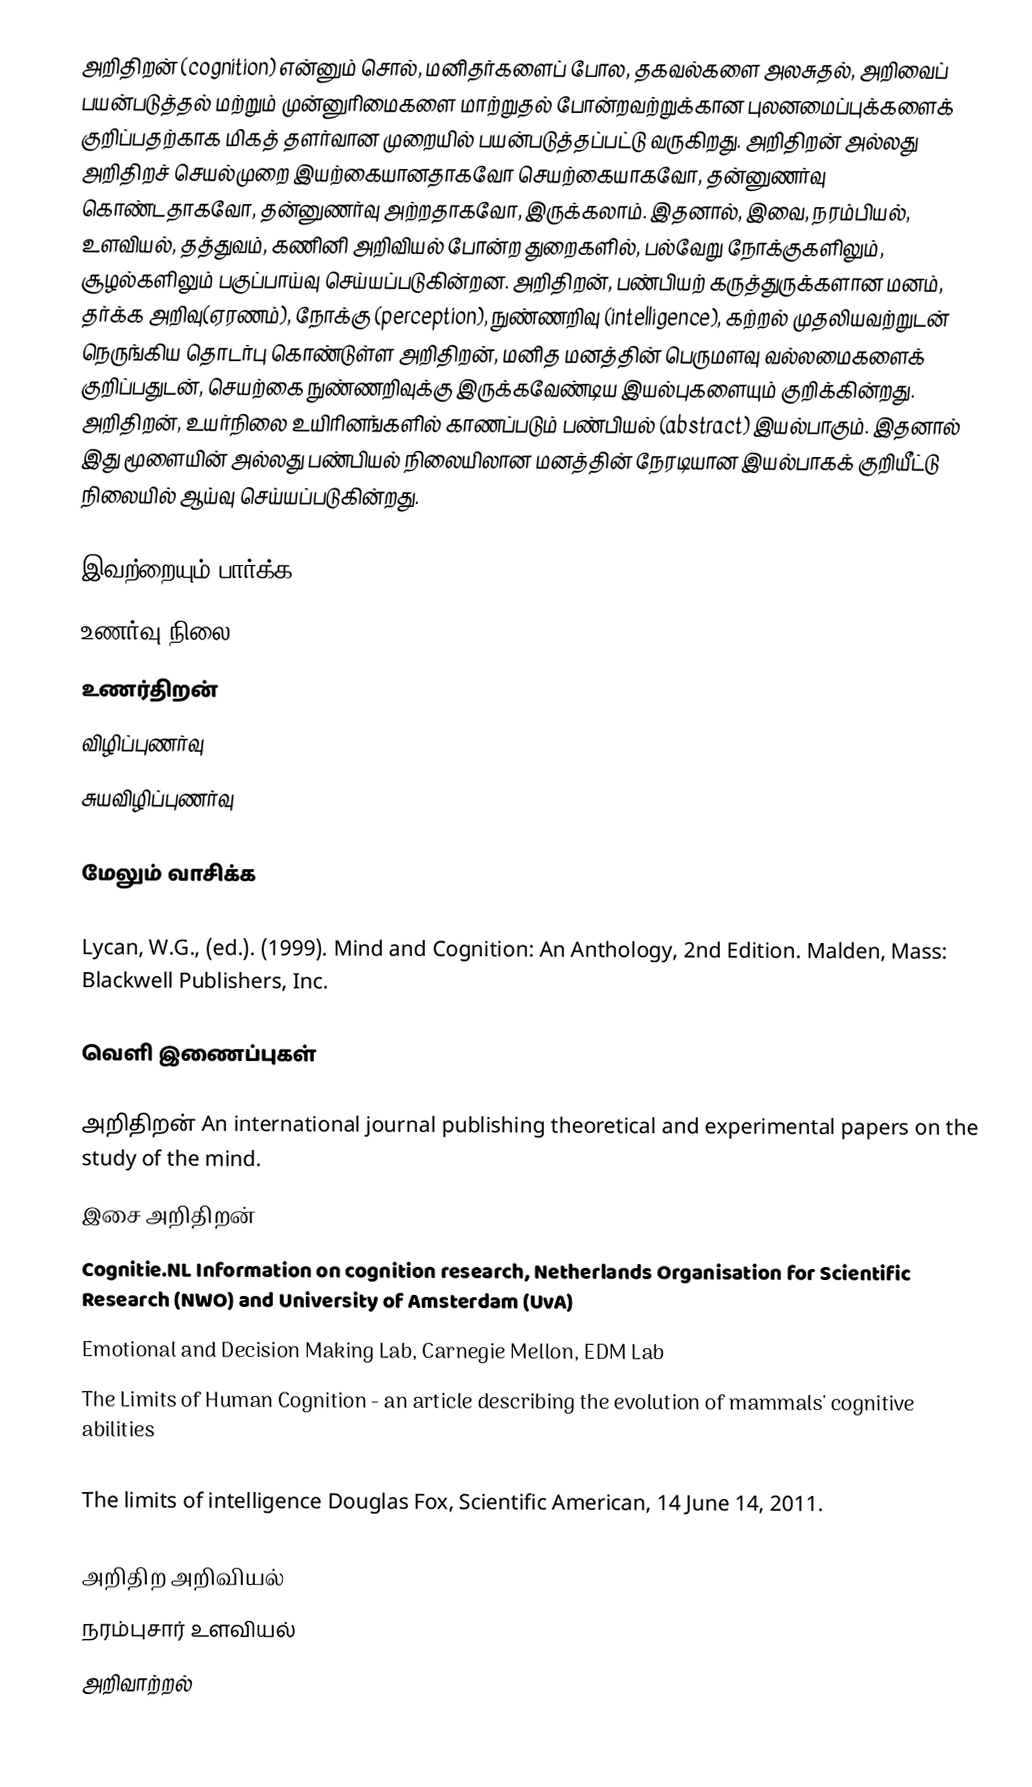
அறிதிறன் (cognition) என்னும் சொல், மனிதர்களைப் போல, தகவல்களை அலசுதல், அறிவைப் பயன்படுத்தல் மற்றும் முன்னுரிமைகளை மாற்றுதல் போன்றவற்றுக்கான புலனமைப்புக்களைக் குறிப்பதற்காக மிகத் தளர்வான முறையில் பயன்படுத்தப்பட்டு வருகிறது. அறிதிறன் அல்லது அறிதிறச் செயல்முறை இயற்கையானதாகவோ செயற்கையாகவோ, தன்னுணர்வு கொண்டதாகவோ, தன்னுணர்வு அற்றதாகவோ, இருக்கலாம். இதனால், இவை, நரம்பியல், உளவியல், தத்துவம், கணினி அறிவியல் போன்ற துறைகளில், பல்வேறு நோக்குகளிலும், சூழல்களிலும் பகுப்பாய்வு செய்யப்படுகின்றன. அறிதிறன், பண்பியற் கருத்துருக்களான மனம், தர்க்க அறிவு(ஏரணம்), நோக்கு (perception), நுண்ணறிவு (intelligence), கற்றல் முதலியவற்றுடன் நெருங்கிய தொடர்பு கொண்டுள்ள அறிதிறன், மனித மனத்தின் பெருமளவு வல்லமைகளைக் குறிப்பதுடன், செயற்கை நுண்ணறிவுக்கு இருக்கவேண்டிய இயல்புகளையும் குறிக்கின்றது. அறிதிறன், உயர்நிலை உயிரினங்களில் காணப்படும் பண்பியல் (abstract) இயல்பாகும். இதனால் இது மூளையின் அல்லது பண்பியல் நிலையிலான மனத்தின் நேரடியான இயல்பாகக் குறியீட்டு நிலையில் ஆய்வு செய்யப்படுகின்றது.

இவற்றையும் பார்க்க
 உணர்வு நிலை
 உணர்திறன்
 விழிப்புணர்வு
 சுயவிழிப்புணர்வு

மேலும் வாசிக்க

 Lycan, W.G., (ed.). (1999). Mind and Cognition: An Anthology, 2nd Edition. Malden, Mass: Blackwell Publishers, Inc.

வெளி இணைப்புகள்

 அறிதிறன் An international journal publishing theoretical and experimental papers on the study of the mind.
 இசை அறிதிறன்
 Cognitie.NL  Information on cognition research, Netherlands Organisation for Scientific Research (NWO) and University of Amsterdam (UvA)
 Emotional and Decision Making Lab, Carnegie Mellon, EDM Lab
 The Limits of Human Cognition  - an article describing the evolution of mammals' cognitive abilities
 Half-heard phone conversations reduce cognitive performance
 The limits of intelligence  Douglas Fox, Scientific American, 14 June 14, 2011.

அறிதிற அறிவியல்
நரம்புசார் உளவியல்
அறிவாற்றல்